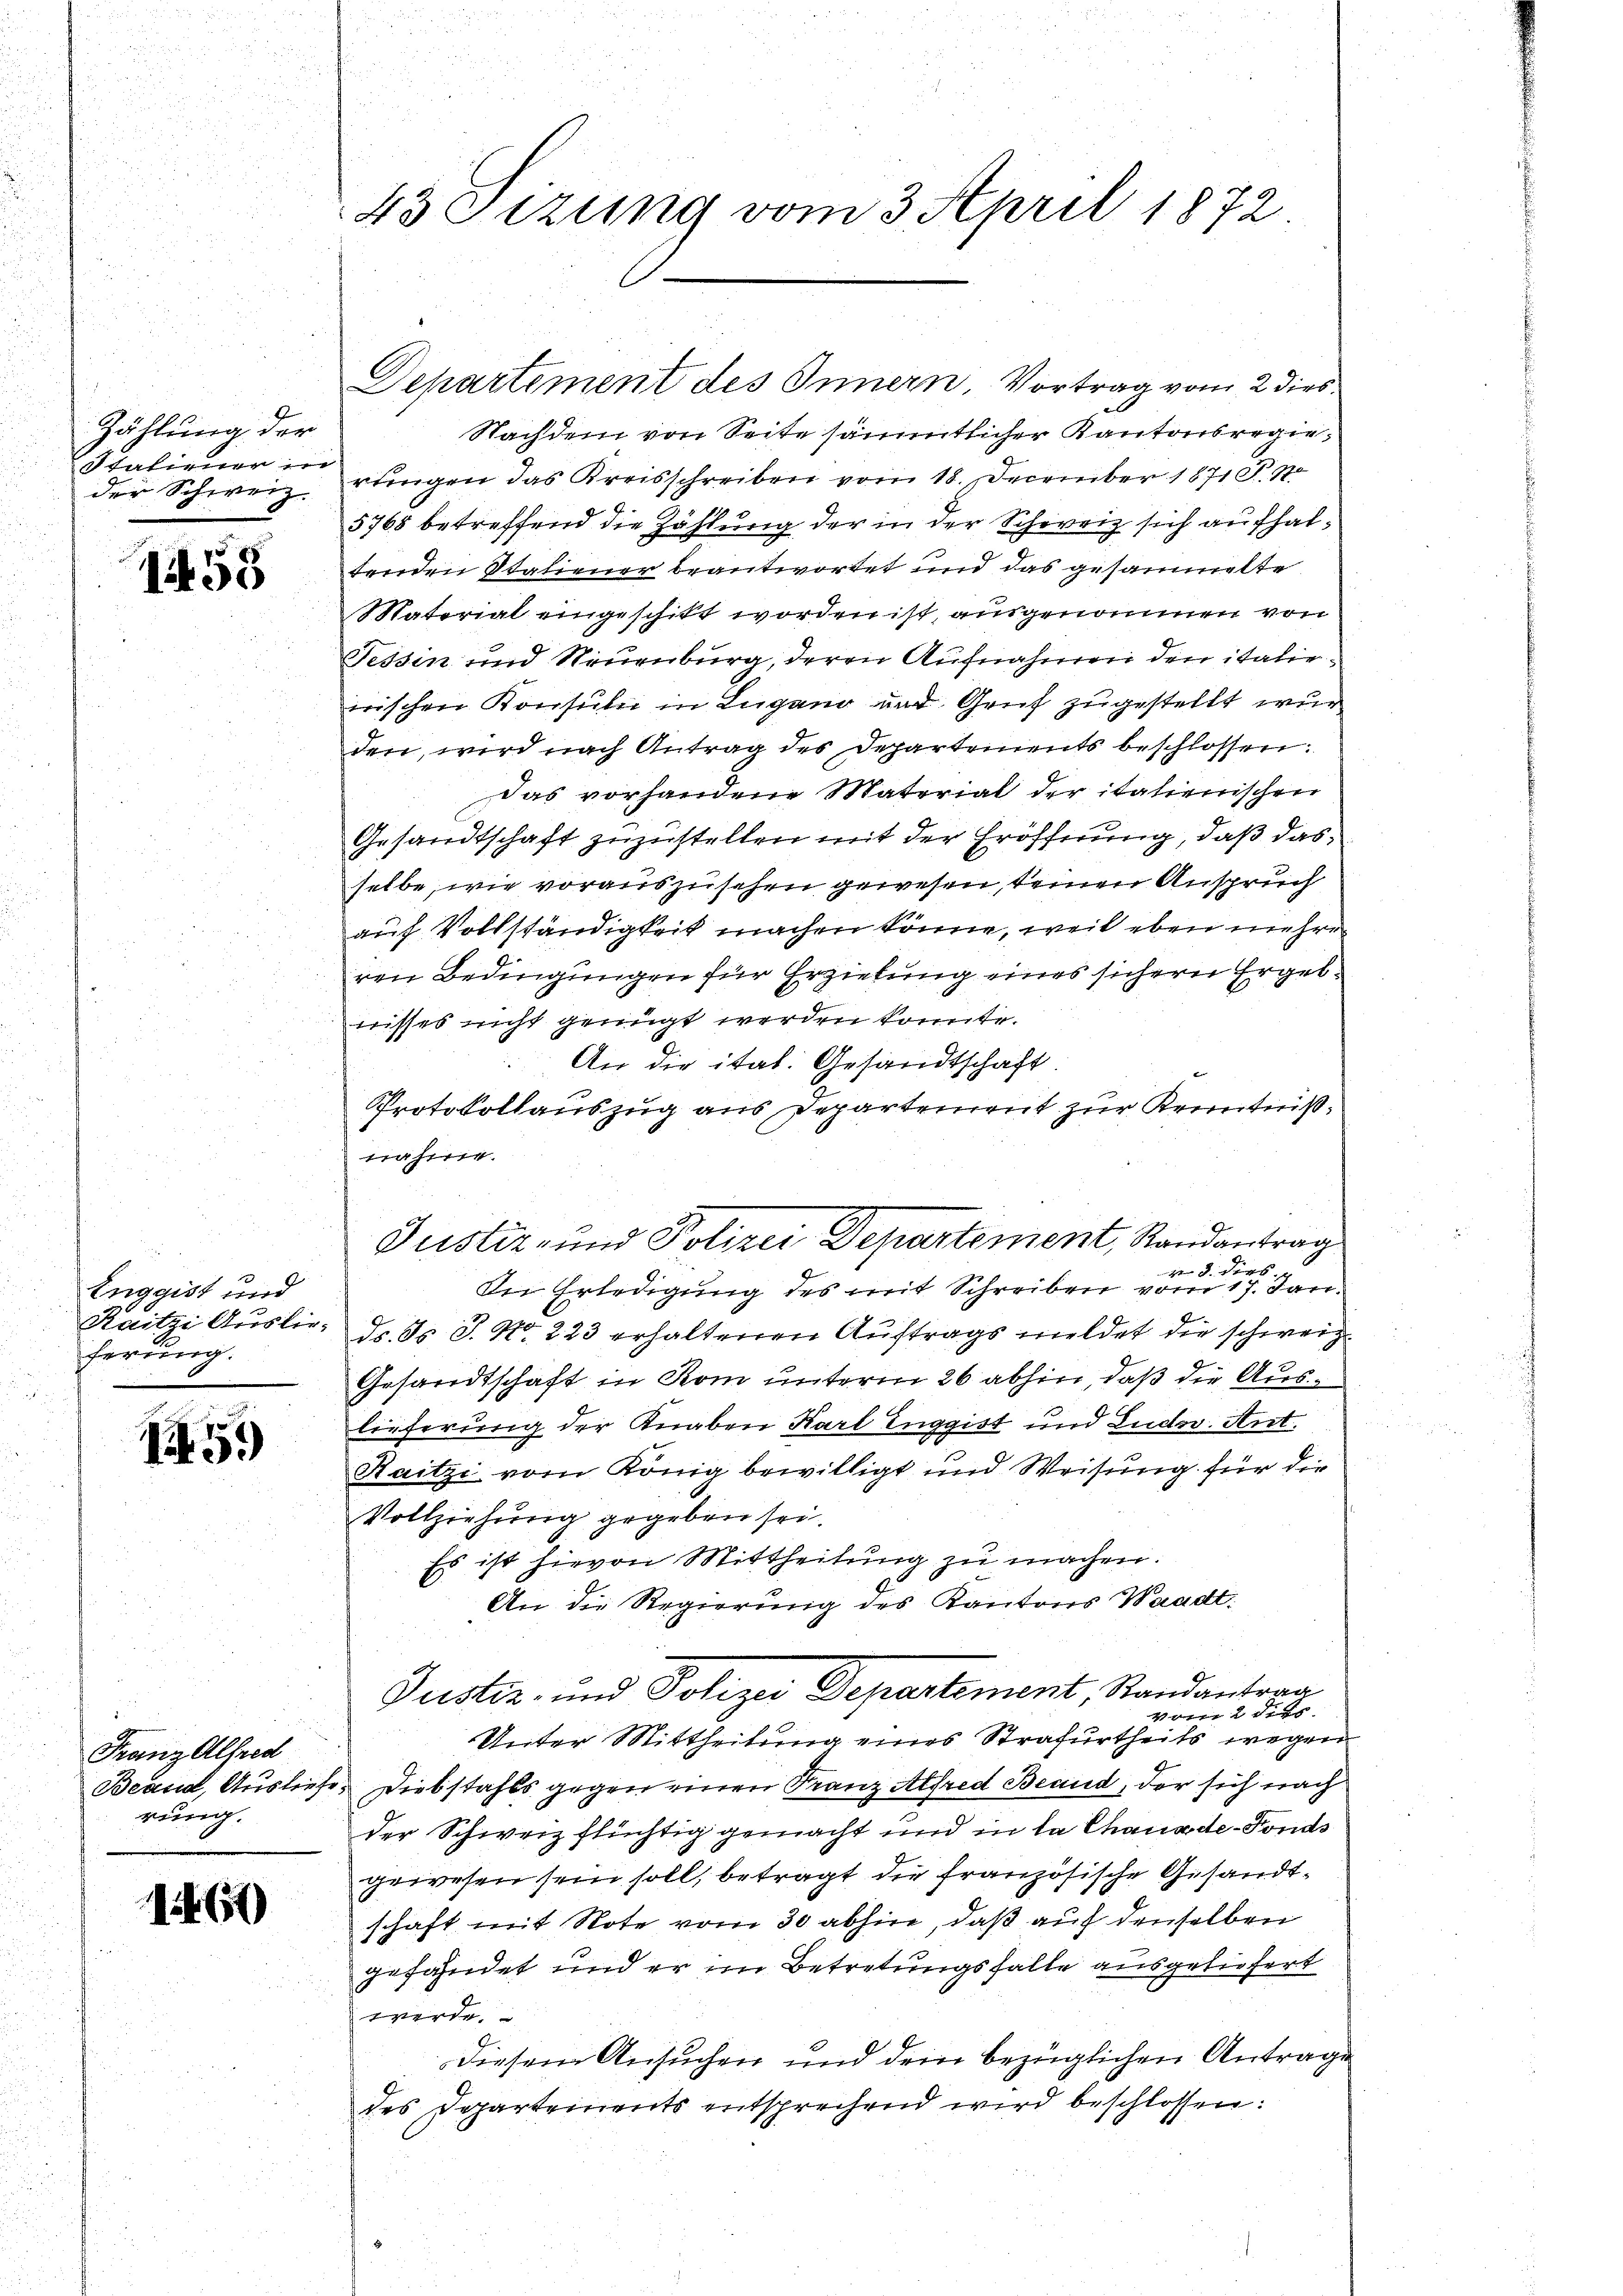
Zählung der
Statiener in
der Schweiz.

1458

Enggist und
Raitzi Auslieferung.

15.)

Franz Alfred
rung.

1469)

43 Sizung vom 3 April 1872

Nachdem von Seite sämmtlicher Kantonsregierungen das Kreisschreiben vom 18. December 1871 F. 17
5768 betreffend die Zählung der in der Schweiz sich aufhaltenden Statiener beantwortet und das gesammelte
Material eingeschikt worden ist, ausgenommen von
Tessin und Neuenburg, deren Aufnahmen den italiewischen Konsuln in Lugano und Gruf zugestellt wur
den, wird nach Antrag des Departements beschlossen:
Das vorhandene Material der italienischen
Gesandtschaft zuzustellen mit der Eröffnung, daß das
selbe, wie vorauszusehen gewesen, keinen Anspruch
auf Vollständigkeit machen könne, weil eben mehre
ren Bedingungen für Erziehung eines sichern Ergebnisses nicht genügt werden konnte.
An die ital. Gesandtschaft.
Protokollauszug aus Departement zur Kenntnißnähme.
Justiz- und Polizei Departement, Randantrag
von 3. dies
Die Erledigung des mit Schreiben vom 17. Jan.
dr. Js. J. No. 223 erhaltenen Auftrags meldet die schweiz.
Gesandtschaft in Rom unterm 26 abhin, daß die Auslieferung der Knaben Karl Euggist und Ludw. Ant.
Raitzi vom König bewilligt und Weisung für die
Vollziehung gegeben sei.
Es ist hievon Mittheilung zu machen.
An die Regierung des Kantons Waadt.
Justiz- und Polizei Departement, Randantrag
vor 2 dies
Unter Mittheilung eines Strafurtheils wegen
Beas, Ausliefe. Diebstahls gegen einen Franz Alfred Beaud, der sich nach
der Schweiz flüchtig gemacht und in la Chauxde-Fonds
gewesen sein soll, betragt die französische Gesandtschaft mit Note vom 30 abhin, daß auf denselben
gefandet und er im Betretungsfalle ausgeliefert
werde.
Diesem Ansuchen und dem bezüglichen Antrage
des Departements entsprechend wird beschlossen:

Departement des Innern, Vortrag vom 2 dies